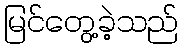
မြင်တွေ့ခဲ့သည်